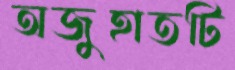
অজুহাতটি